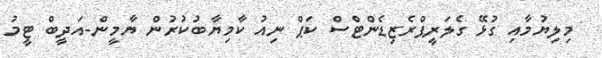
މިލިޔުމާއި ގުޅޭ ގެލަރީޕްރެޒިޑެންޓްސް ކަޕް ނިއު ކާމިޔާބުކުރުން ޔާމީން-އަދީބް ޓީމު